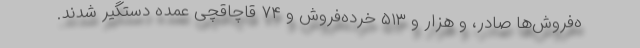
ه‌فروش‌ها صادر، و هزار و ۵۱۳ خرده‌فروش و ۷۴ قاچاقچی عمده دستگیر شدند.